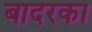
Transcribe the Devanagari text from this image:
बादरका